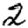
Digit: 2